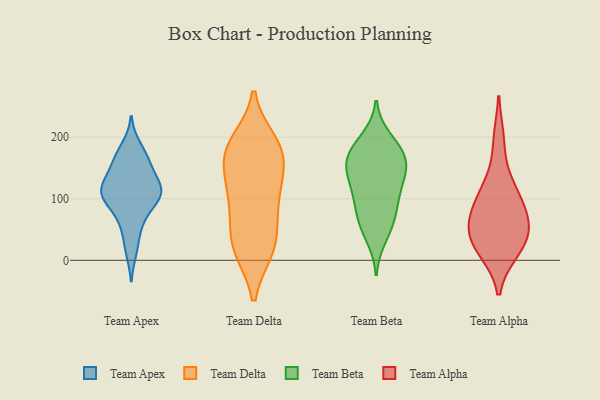
{"axis": {"x": "Page Views", "y": "Value"}, "legend": ["Team Alpha", "Team Apex", "Team Beta", "Team Delta"], "data": [{"x": "", "y": 139, "type": "Team Apex"}, {"x": "", "y": 44, "type": "Team Apex"}, {"x": "", "y": 104, "type": "Team Apex"}, {"x": "", "y": 80, "type": "Team Apex"}, {"x": "", "y": 111, "type": "Team Apex"}, {"x": "", "y": 151, "type": "Team Apex"}, {"x": "", "y": 127, "type": "Team Apex"}, {"x": "", "y": 186, "type": "Team Apex"}, {"x": "", "y": 103, "type": "Team Apex"}, {"x": "", "y": 108, "type": "Team Apex"}, {"x": "", "y": 166, "type": "Team Apex"}, {"x": "", "y": 111, "type": "Team Apex"}, {"x": "", "y": 14, "type": "Team Apex"}, {"x": "", "y": 166, "type": "Team Apex"}, {"x": "", "y": 69, "type": "Team Apex"}, {"x": "", "y": 115, "type": "Team Apex"}, {"x": "", "y": 128, "type": "Team Delta"}, {"x": "", "y": 45, "type": "Team Delta"}, {"x": "", "y": 190, "type": "Team Delta"}, {"x": "", "y": 21, "type": "Team Delta"}, {"x": "", "y": 86, "type": "Team Delta"}, {"x": "", "y": 173, "type": "Team Delta"}, {"x": "", "y": 19, "type": "Team Delta"}, {"x": "", "y": 97, "type": "Team Delta"}, {"x": "", "y": 19, "type": "Team Delta"}, {"x": "", "y": 172, "type": "Team Delta"}, {"x": "", "y": 179, "type": "Team Delta"}, {"x": "", "y": 117, "type": "Team Delta"}, {"x": "", "y": 174, "type": "Team Delta"}, {"x": "", "y": 190, "type": "Team Beta"}, {"x": "", "y": 155, "type": "Team Beta"}, {"x": "", "y": 173, "type": "Team Beta"}, {"x": "", "y": 98, "type": "Team Beta"}, {"x": "", "y": 162, "type": "Team Beta"}, {"x": "", "y": 157, "type": "Team Beta"}, {"x": "", "y": 73, "type": "Team Beta"}, {"x": "", "y": 121, "type": "Team Beta"}, {"x": "", "y": 117, "type": "Team Beta"}, {"x": "", "y": 199, "type": "Team Beta"}, {"x": "", "y": 66, "type": "Team Beta"}, {"x": "", "y": 141, "type": "Team Beta"}, {"x": "", "y": 95, "type": "Team Beta"}, {"x": "", "y": 177, "type": "Team Beta"}, {"x": "", "y": 36, "type": "Team Beta"}, {"x": "", "y": 53, "type": "Team Beta"}, {"x": "", "y": 144, "type": "Team Beta"}, {"x": "", "y": 51, "type": "Team Alpha"}, {"x": "", "y": 15, "type": "Team Alpha"}, {"x": "", "y": 79, "type": "Team Alpha"}, {"x": "", "y": 196, "type": "Team Alpha"}, {"x": "", "y": 62, "type": "Team Alpha"}, {"x": "", "y": 121, "type": "Team Alpha"}, {"x": "", "y": 16, "type": "Team Alpha"}, {"x": "", "y": 85, "type": "Team Alpha"}, {"x": "", "y": 115, "type": "Team Alpha"}, {"x": "", "y": 46, "type": "Team Alpha"}, {"x": "", "y": 31, "type": "Team Alpha"}]}